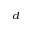
^ d